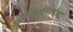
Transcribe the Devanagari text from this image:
इच्छानिरपेक्ष